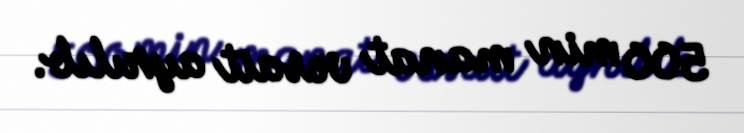
500 min manat vəsait ayrılıb.